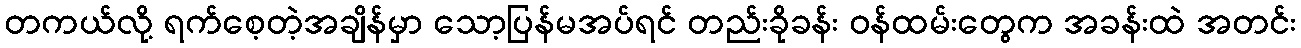
တကယ်လို့ ရက်စေ့တဲ့အချိန်မှာ သော့ပြန်မအပ်ရင် တည်းခိုခန်း ဝန်ထမ်းတွေက အခန်းထဲ အတင်း